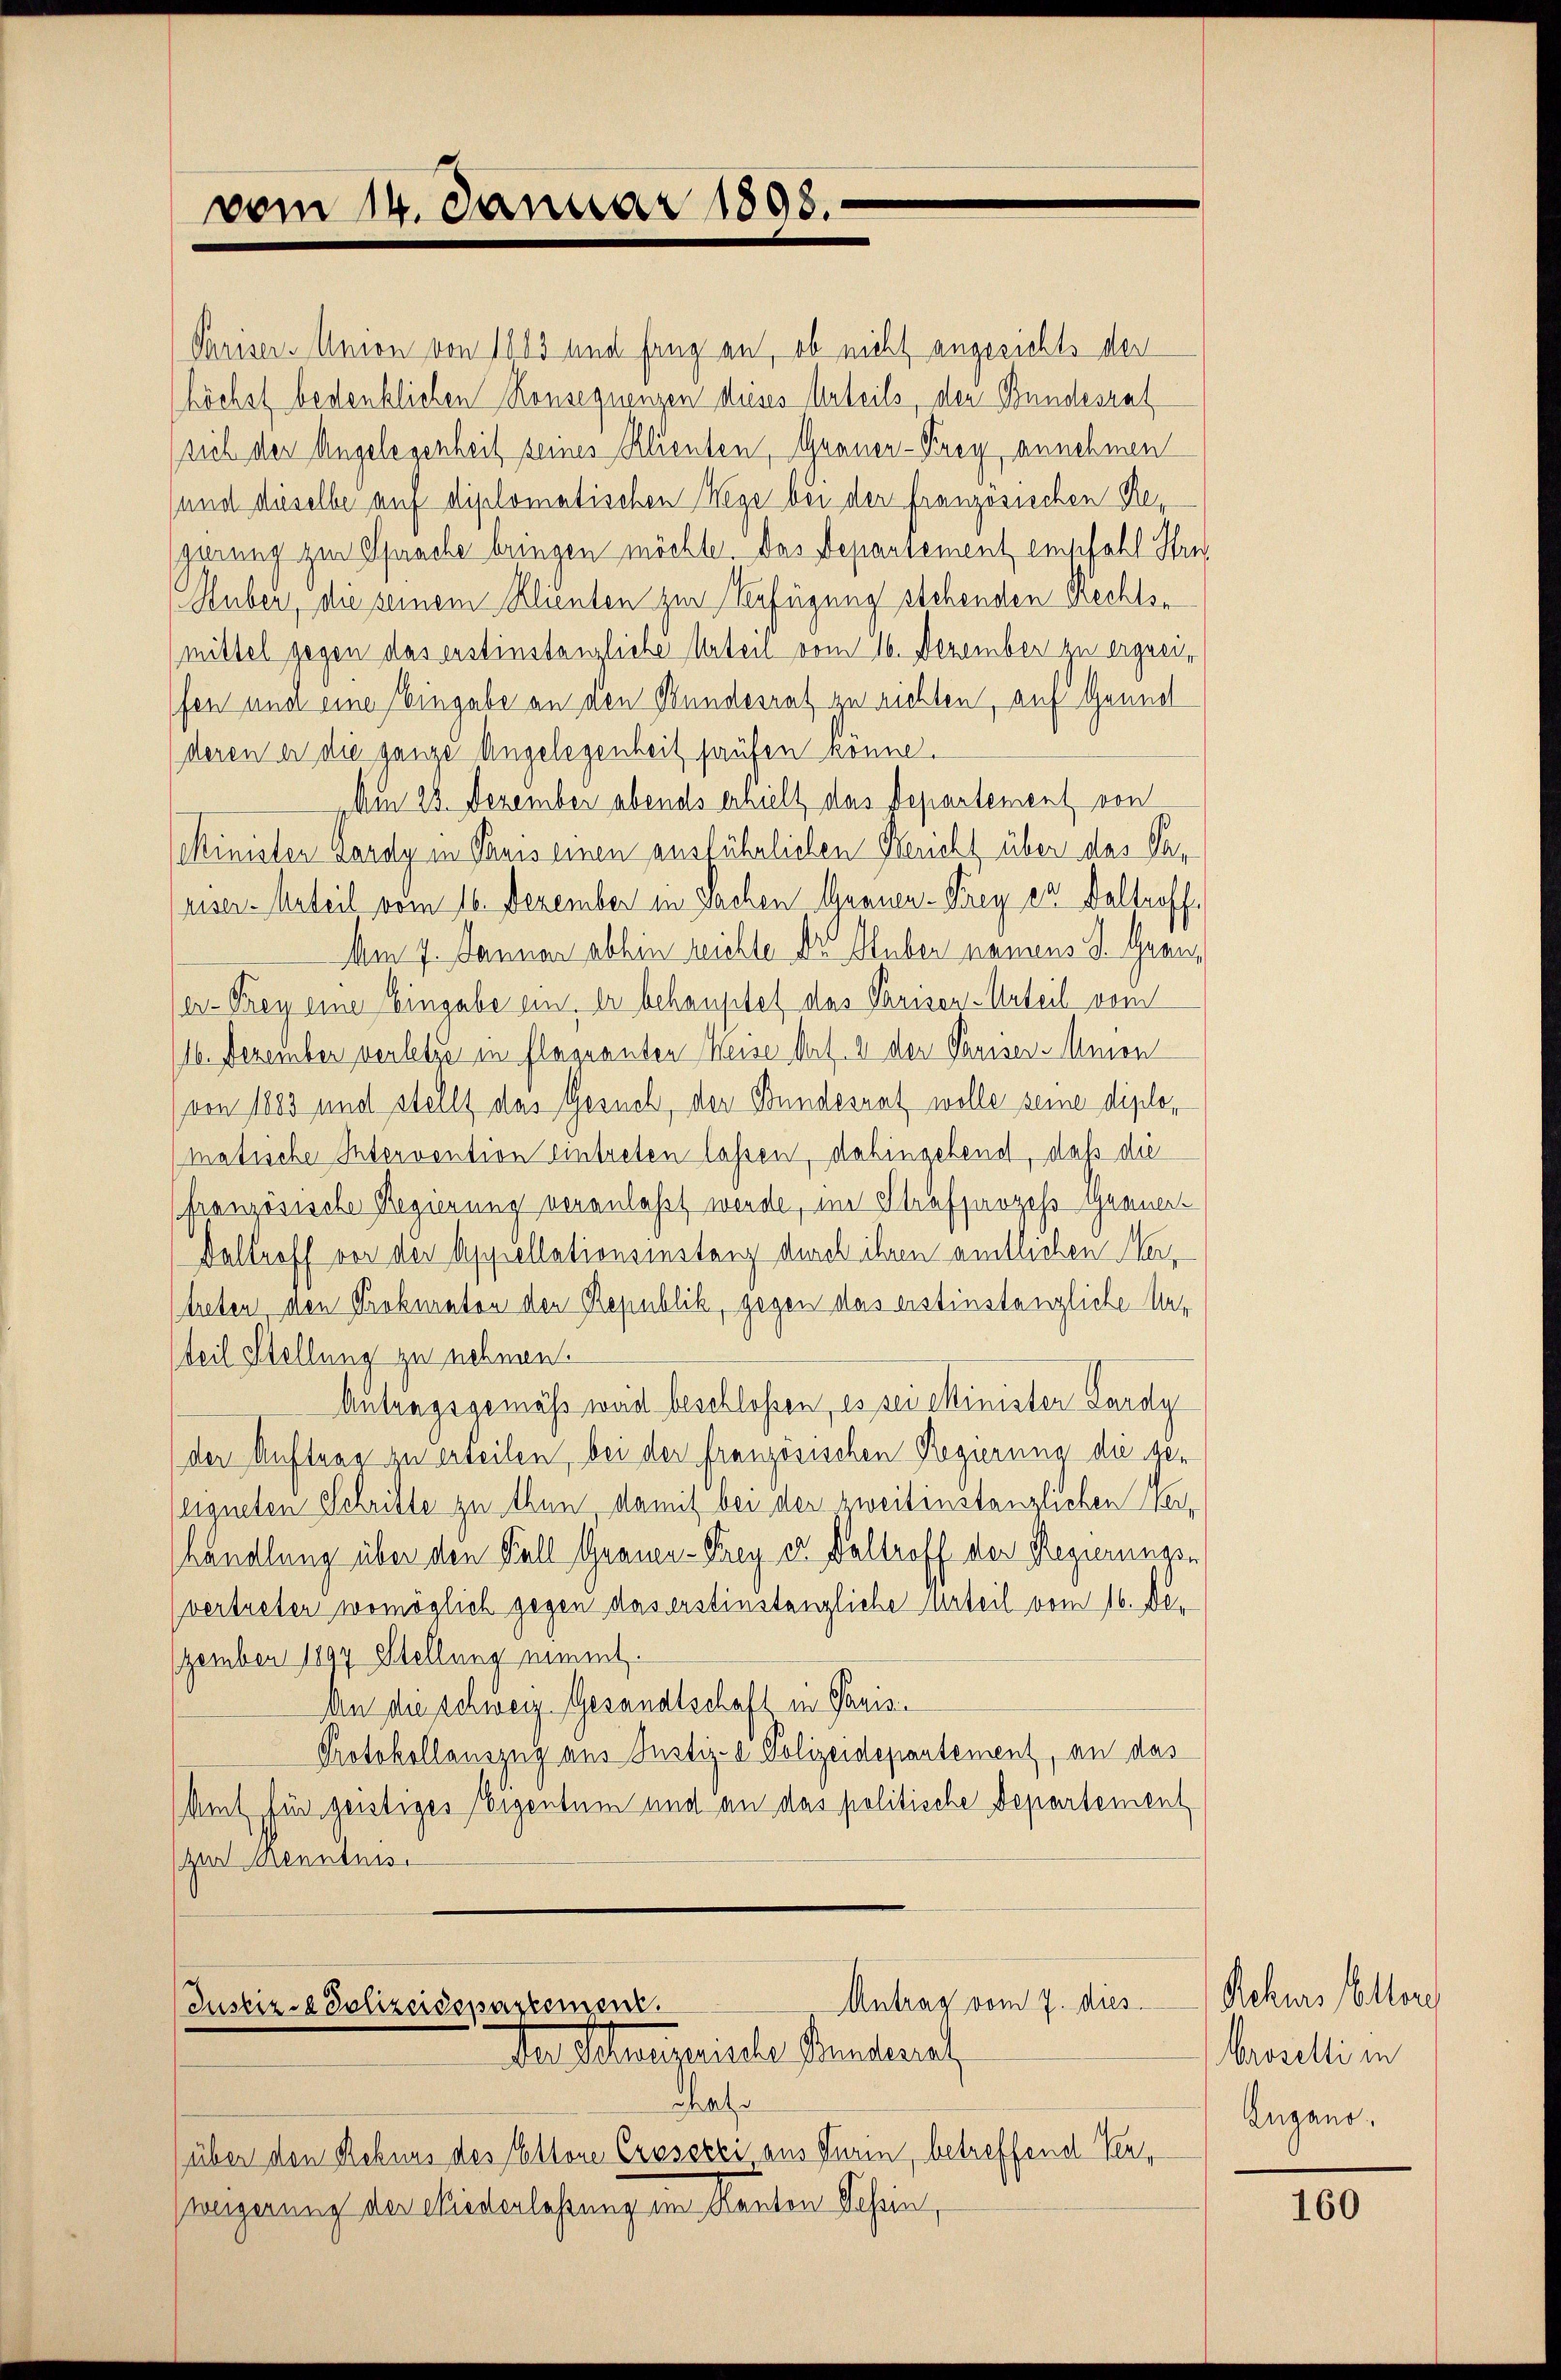
vom 14. Januar 1898.

Pariser. Union von 1883 und fang an, ob nicht angesichts der
höchst bedenklichen Konsequenzen dieses Urteils, den Bundesrat
sich der Angelegenheit seines Klienten, Grauer-Frey annehmen
und dieselbe auf diplomatischen Wege bei der französischen Regerung zur Sprache bringen möchte. Das Departement empfahl Stre
Huber, die seinem Klienten zur Verfügung stehenden rechten
mittel gegen das erstinstanzliche Urteil vom 16. Dezember zu ergreifen und eine Eingabe an den Bundesrat zu richten, auf Grund
deren er die ganze Angelegenheit haufen könne.
Am 23. Dezember abends erhielt das Departement von
Minister Kardy in Paris einen ausführlichen Bericht über das Pr
eiser Urteil vom 16. Dezember in Sachen Grauen-Frey es kaltroff
Am 7. Januar abhin reichte dr Huber namens J. Grenz
er- Prey eine Eingabe ein, er behauptet das Parisen-Urteil vom
(16. Dezember verletzt in flageanten Weise Mart. 4 der Pariser-Mmon
(von 1883 und stellt das Gesuch, der Bundesrat wolle seine diplomatriche Intervention eintreten lassen, dahingehend, daß die
französische Regierung veranlaßt werde, im Strafsanzess Gerner¬
Daltroff vor der Appellationsinstanz durch ihren amtlichen Meitreten den Prokuraton der Republik, gegen das erstinstanzliche Ver
teil Stellung zu nehmen.
Antragsgemäß weid beschloßen, es sei Minister Lardy
der Auftrag zu erteilen, bei der französischen Regierung der geeigneten Schritte zu thun, damit bei der zweitinstanzlichen Verhandlung über den Fall Grauen-Krey er Daltroff der Regierungen,
(vertreten womöglich gegen das erstinstanzliche Urteil vom 16. Dezember 1897 Stellung nimmt.
An die schweiz. Gesandtschaft in Panis¬
Protokollauszug aus Justiz- & Polizeidepantement, an das
Amt für gentiges Eigentum und an das politische Departement
(zur Renntnis.
Antrag vom 7. dies
Justiz - Polizeidepartement.
den Steuerpriete Pendarsch
Chate
über den Rekurs des Eltone Creserei aus Turin, betreffend Verweigerung der Wiederlassung ein Kanton Schein,

Achurs Eltere
Aroselli in
Augano.

160